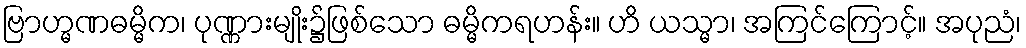
ဗြာဟ္မဏဓမ္မိက၊ ပုဏ္ဏားမျိုး၌ဖြစ်သော ဓမ္မိကရဟန်း။ ဟိ ယသ္မာ၊ အကြင်ကြောင့်။ အပုညံ၊